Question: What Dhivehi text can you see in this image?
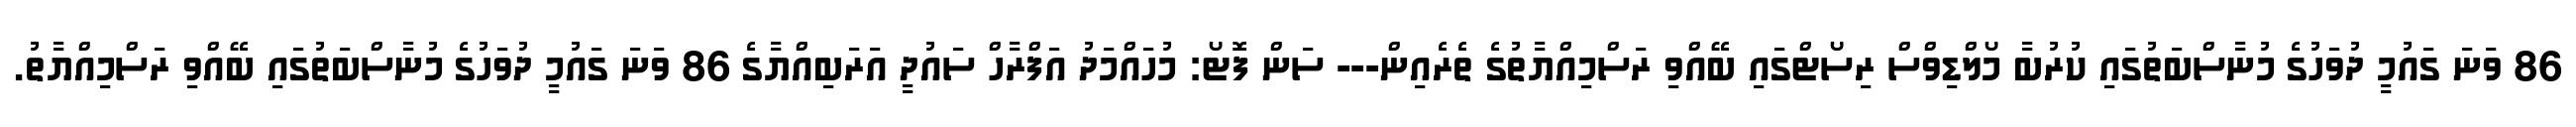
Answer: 86 ވަނަ ގައުމީ ދުވަހުގެ މުނާސްބަތުގައި ކުރުބާ މޯލްޑިވްސް ރިސޯޓްގައި ބޭއްވި ރަސްމިއްޔާތުގެ ތެރެއިން--- ސަން ފޮޓޯ: މުހައްމަދު އަފްރާހް ސައުދީ އަރަބިއްޔާގެ 86 ވަނަ ގައުމީ ދުވަހުގެ މުނާސްބަތުގައި ބޭއްވި ރަސްމިއްޔާތު.